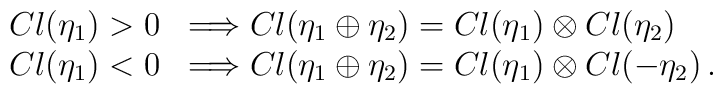
\begin{array}{l}      Cl(\eta_1)>0 \;\; \Longrightarrow Cl(\eta_1 \oplus \eta_2)=Cl(\eta_1) \otimes Cl(\eta_2)\\      Cl(\eta_1)<0 \;\; \Longrightarrow Cl(\eta_1 \oplus \eta_2)=Cl(\eta_1) \otimes Cl(-\eta_2) \, .\\    \end{array}